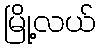
မြို့လယ်